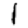
Digit: 1